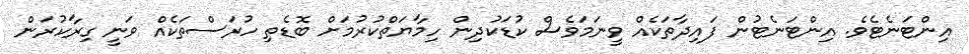
އިންޓަނެޓެވެ. އިންޓަނެޓުން ފައިދާތަކެއް ވީނަމަވެސް ކުޑަކުދިން ހިމާޔަތްކުރުމަށް ބޮޑެތި ހުރަސްތަކެއް ވަނީ ގިރާކުރަން